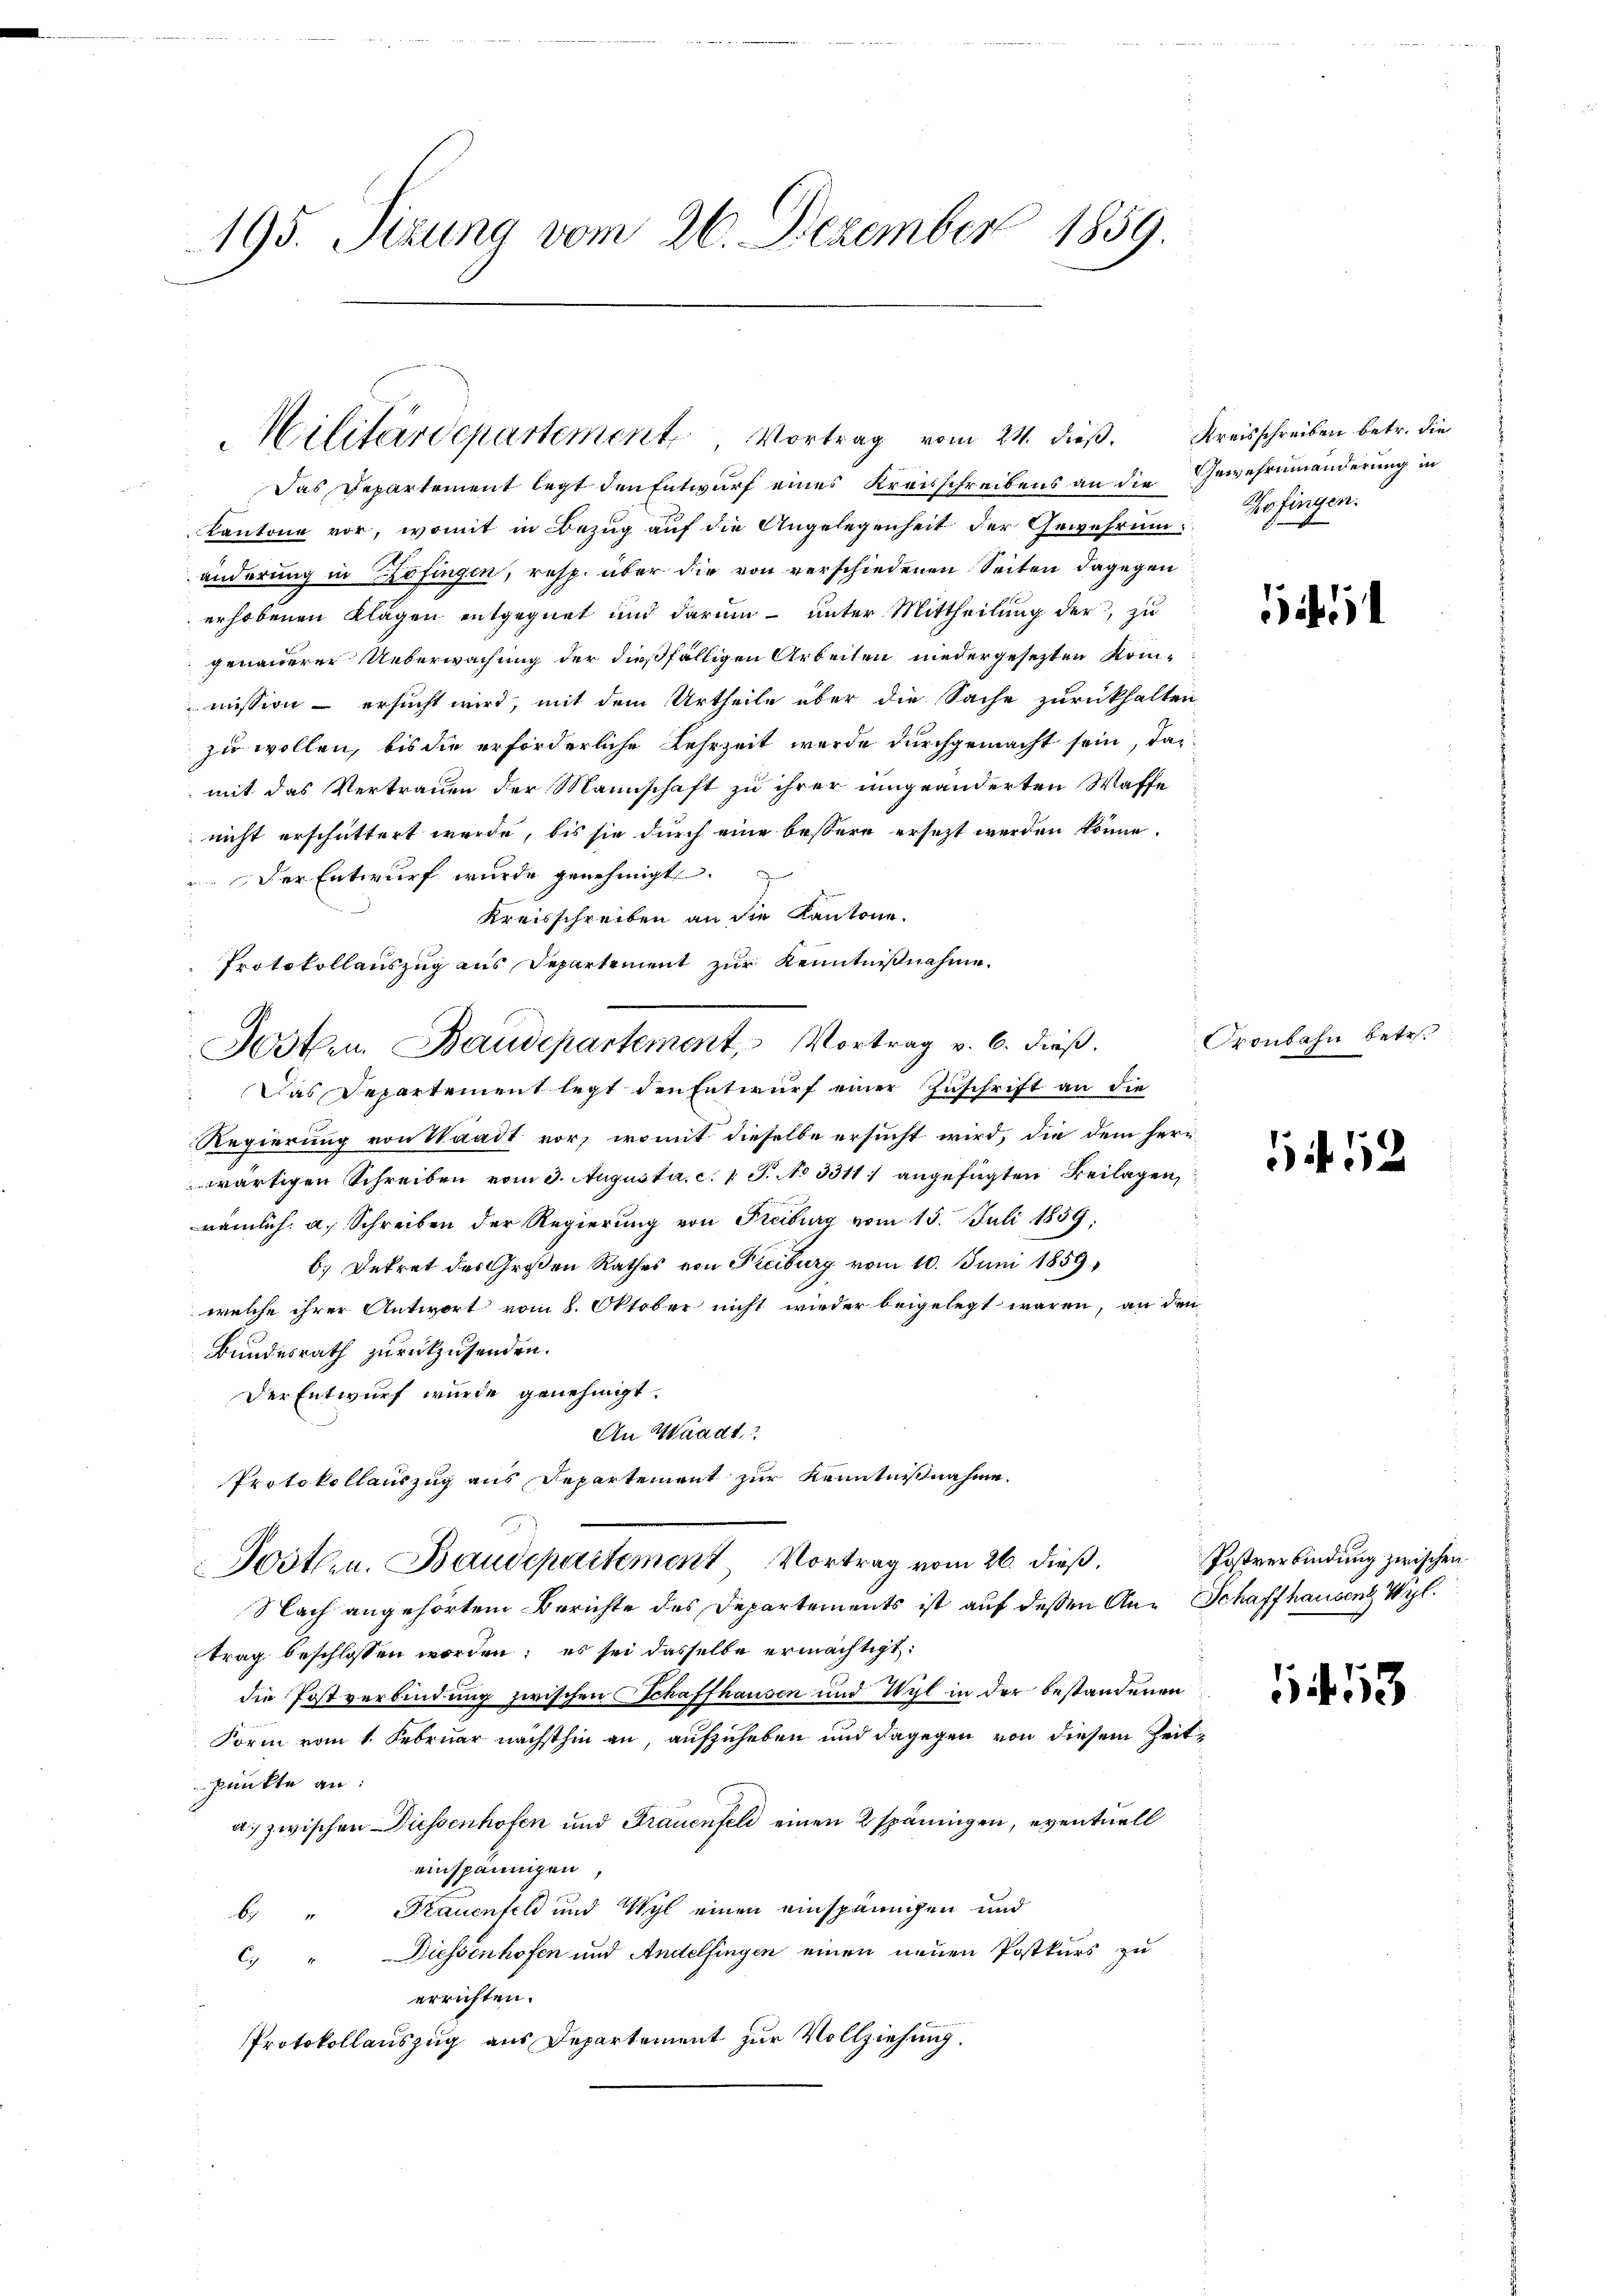
195. Sizung vom 26. Dezember 1859.

Militärdepartement Vortrag vom 24. dieβ. Kreisschreiben betr. die
Das Departement legt den Entwurf eines Kreisschreibens an die Gewehrumänderung in
Kantone vor, womit in Bezug auf die Angelegenheit der Gewehrung, Zofingen.
änderung in Zofingen, resp. über die von verschiedenen Seiten dagegen
erhobenen Klagen entgegnet und darum – unter Mittheilung der, zu
genauerer Ueberwachung der dießfälligen Arbeiten niedergesetzten Kommission - ersucht wird, mit dem Urtheile über die Sache zurückhalten
zu wollen, bis die erforderliche Lehrzeit wurde durchgemacht sein, das
mit das Vertrauen der Mannschaft zu ihrer umgeänderten Waffe
nicht erschüttert werde, bis sie durch eine bessere ersezt werden könne.
Der Entwurf wurde genehmigt.
Kreisschreiben an die Kantone.
Protokollauszug aus Departement zur Kenntnißnahme
Das Departement legt den Entwurf einer Zuschrift an die
Regierung von Waadt vor, womit dieselbe ersucht wird, die dem herr
wärtigen Schreiben vom 3. Augusta. c. 1 S. No 3311) angefügten Beilagen,
nämlich. a. Schreiben der Regierung von Freiburg vom 15. Juli 1859.
b.) Dekret des Großen Rathes von Freiburg vom 10. Juni 1859,
welche ihrer Antwort vom 8. Oktober nicht wieder beigelegt waren, an den
Bundesrath zurückzusenden.
Der Entwurf wurde genehmigt.
An Waadt
Protokollauszug aus Departement zur Kenntnißnahme.
Postern. Baudepartement Vortrag vom 26. dieß,
Nach angehörtem Berichte des Departements ist auf dessen An- Schaffhausen Wyl.
trag beschlossen worden: es sei dasselbe ermächtigt:
die Postverbindung zwischen Schaffhausen und Wyl in der bestandenen
Form vom 1. Februar nächsthin an, aufzuheben und dagegen von diesem Zeitpunkte an:
a. zwischen Diessenhofen und Frauenfeld einen 2 spaningen, eventuell
einspännigen,
b. " Frauenfeld und Wyl einen einspännigen und
c. " Diessenhofen und Andelfingen einen neuen Postkurs zu
errichten.
Protokollauszug aus Departement zur Vollziehung.

Josten. Baudepartement, Vortrag v. 6. dieß.

i

Oronbahn betr.

1 f 12

Postverbindung zwischen

11 153